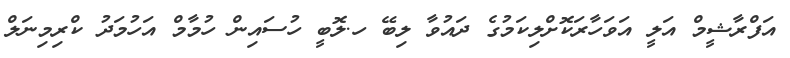
އަފްރާޝީމް އަލީ އަވަހާރަކޮށްލިކަމުގެ ދައުވާ ލިބޭ ހ.ލޮބީ ހުސައިން ހުމާމް އަހުމަދު ކްރިމިނަލް